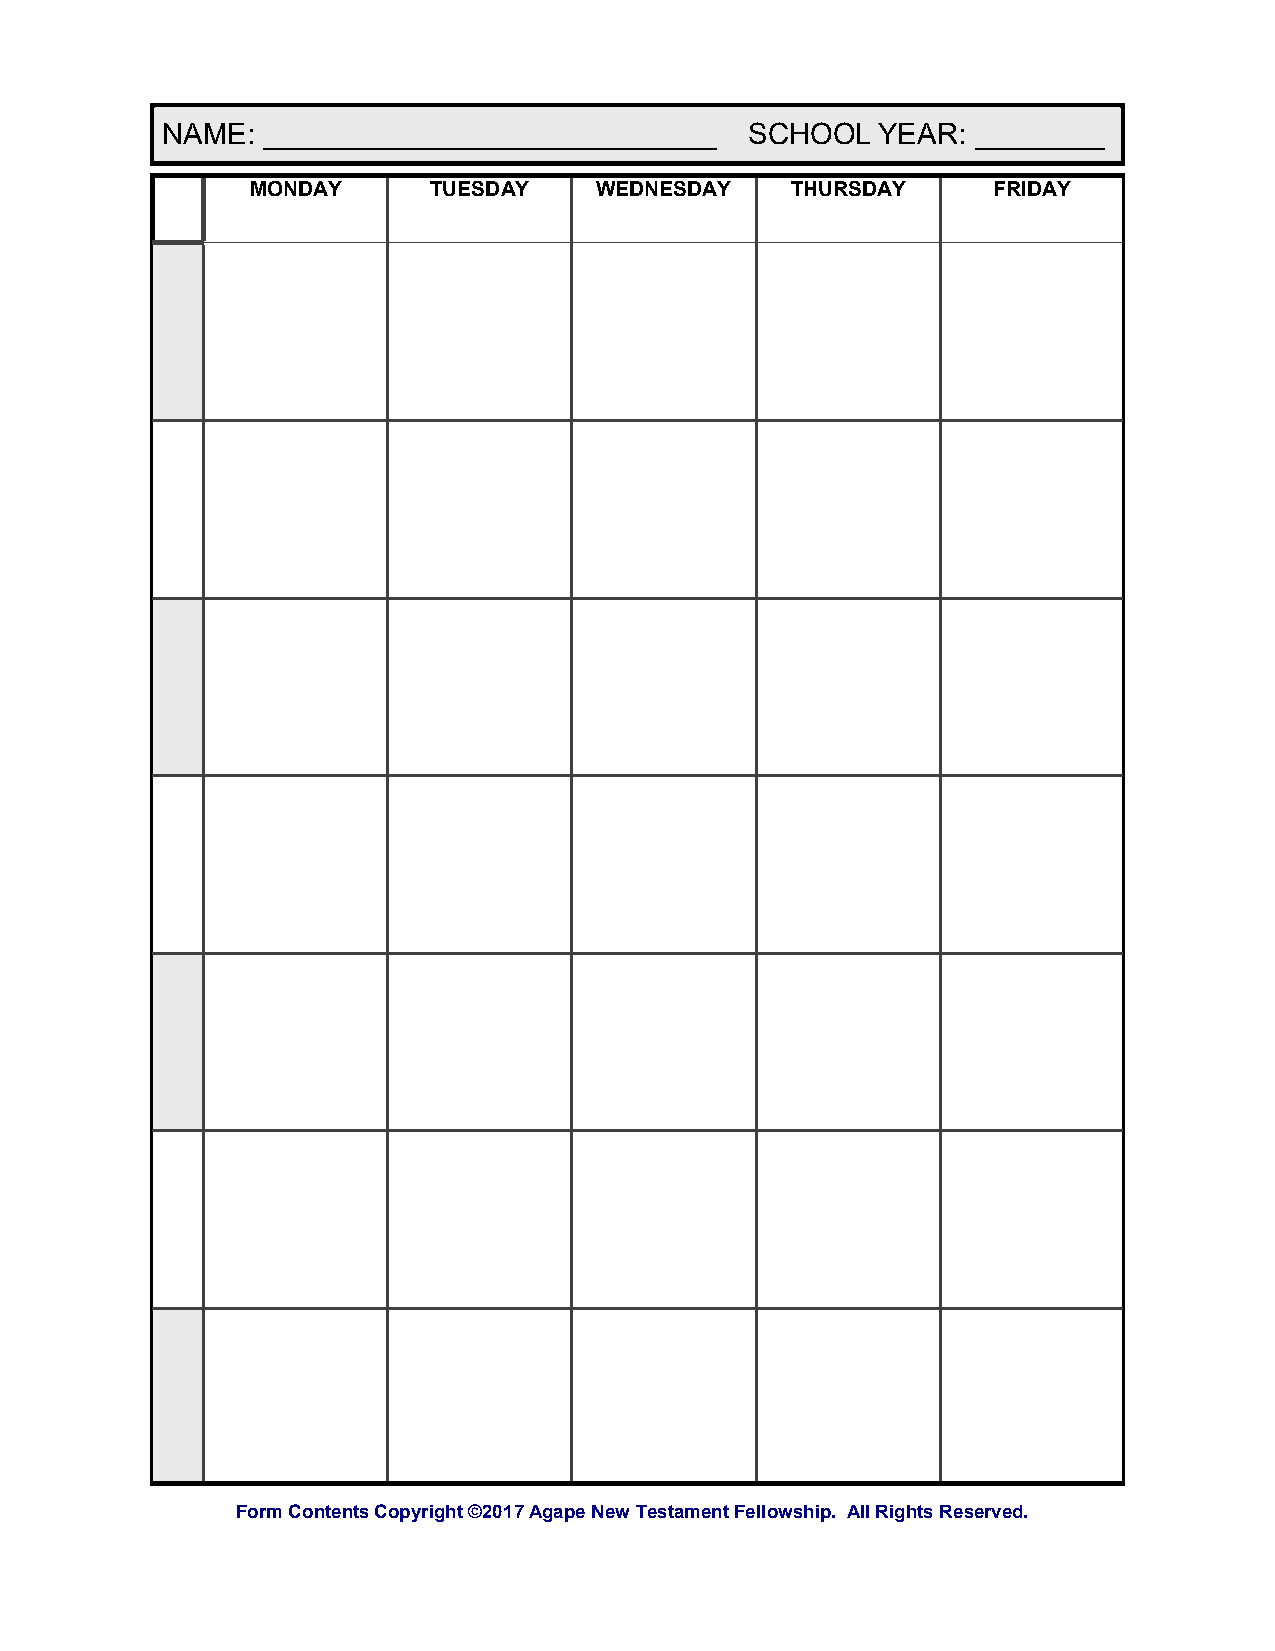
NAME: ____________________________     SCHOOL  YEAR:  ________
 MONDAY     TUESDAY    WEDNESDAY    THURSDAY      FRIDAY
 Form Contents Copyright ©2017 Agape New Testament Fellowship. All Rights Reserved.